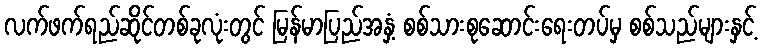
လက်ဖက်ရည်ဆိုင်တစ်ခုလုံးတွင် မြန်မာပြည်အနှံ့ စစ်သားစုဆောင်းရေးတပ်မှ စစ်သည်များနှင့်